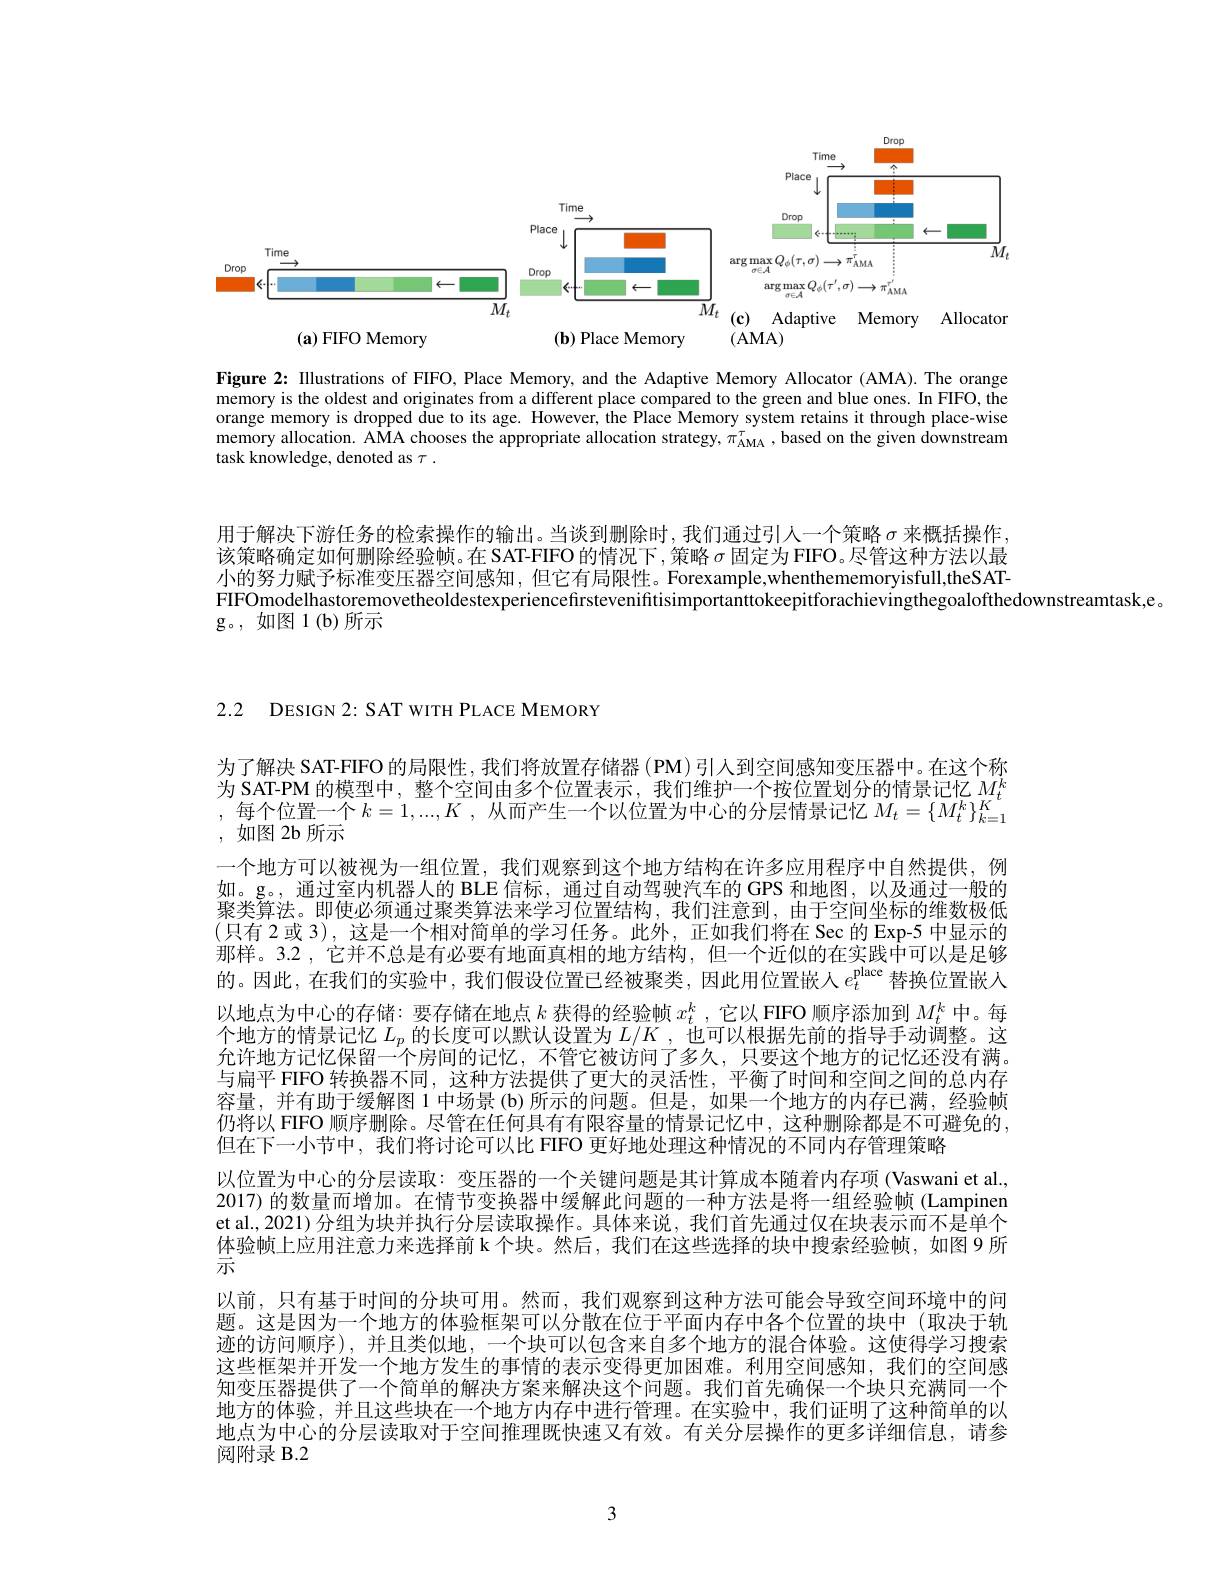
<FigureHere>

Figure 2: Illustrations of FIFO, Place Memory, and the Adaptive Memory Allocator (AMA). The orange memory is the oldest and originates from a different place compared to the green and blue ones. In FIFO, the orange memory is dropped due to its age. However, the Place Memory system retains it through place-wise memory allocation. AMA chooses the appropriate allocation strategy, $\pi_\mathrm{AMA}^\tau$, based on the given downstream task knowledge, denoted as $\tau.$

用于解决下游任务的检索操作的输出。当谈到删除时，我们通过引人一个策略$\sigma$来概括操作， 该策略确定如何删除经验帧。在 SAT-FIFO 的情况下 , 策略$\sigma$固定为 FIFO。尽管这种方法以最小的努力赋予标准变压器空间感知，但它有局限性。Forexample,whenthememoryisfull,theSATFIFOmodelhastoremovetheoldestexperiencefirstevenifftisimportanttokeepitforachievingthegoalofthedownstreamtask,e。
g。,如图1(b)所示

2.2 DESIGN 2: SAT WITH PLACE MEMORY

,每个位置一个$k=1,...,K$ ,从而产生一个以位置为中心的分层情景记忆$M_t=\{M_t^k\}_{k=1}^K$
,如图 2b 所示

为了解决 SAT-FIFO 的局限性，我们将放置存储器 (PM) 引人到空间感知变压器中。在这个称为 SAT-PM 的模型中，整个空间由多个位置表示，我们维护一个按位置划分的情景记忆$M_t^k$ 一个地方可以被视为一组位置，我们观察到这个地方结构在许多应用程序中自然提供，例如。g。, 通过室内机器人的 BLE 信标，通过自动驾驶汽车的 GPS 和地图，以及通过一般的的半签计 即佳沙仔溪 斗百半续汁 中兴了六甲竹竹市市列 土下宁白山于台湾半边 听聚类算法。即使必须通过聚类算法来学习位置结构，我们注意到，由于空间坐标的维数极低(只有 2 或 3), 这是一个相对简单的学习任务。此外，正如我们将在 Sec 的 Exp-5 中显示的那样。3.2 , 它并不总是有必要有地面真相的地方结构，但一个近似的在实践中可以是足够的。因此，在我们的实验中，我们假设位置已经被聚类，因此用位置嵌人$e_t^\mathrm{place}$ 替换位置嵌人以地点为中心的存储：要存储在地点$k$获得的经验帧$x_t^k$ ,它以 FIFO 顺序添加到$M_t^k$中。每个地方的情景记忆$L_p$的长度可以默认设置为$L/K$ ,也可以根据先前的指导手动调整。这允许地方记忆保留一个房间的记忆，不管它被访问了多久，只要这个地方的记忆还没有满。与扁平 FIFO 转换器不同，这种方法提供了更大的灵活性，平衡了时间和空间之间的总内存容量，并有助于缓解图 1 中场景 (b) 所示的问题。但是，如果一个地方的内存已满，经验帧仍将以 FIFO 顺序删除。尽管在任何具有有限容量的情景记忆中，这种删除都是不可避免的， 但在下一小节中，我们将讨论可以比 FIFO 更好地处理这种情况的不同内存管理策略
以位置为中心的分层读取：变压器的一个关键问题是其计算成本随着内存项 (Vaswani et al., 2017) 的数量而增加。在情节变换器中缓解此问题的一种方法是将一组经验帧(Lampinen et al., 2021) 分组为块并执行分层读取操作。具体来说，我们首先通过仅在块表示而不是单个体验帧上应用注意力来选择前 k个块。然后，我们在这些选择的块中搜索经验帧，如图 9 所示
以前，只有基于时间的分块可用。然而，我们观察到这种方法可能会导致空间环境中的问题。这是因为一个地方的体验框架可以分散在位于平面内存中各个位置的块中(取决于轨迹的访问顺序),并且类似地，一个块可以包含来自多个地方的混合体验。这使得学习搜索这些框架并开发一个地方发生的事情的表示变得更加困难。利用空间感知，我们的空间感知变压器提供了一个简单的解决方案来解决这个问题。我们首先确保一个块只充满同一个地方的体验，并且这些块在一个地方内存中进行管理。在实验中，我们证明了这种简单的以地点为中心的分层读取对于空间推理既快速又有效。有关分层操作的更多详细信息，请参阅附录 B.2

3